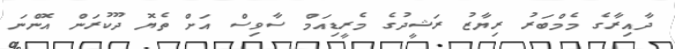
ދާއިރާގެ މެމްބަރު ރިޔާޒު ރަޝީދުގެ މެރީޑިއަމް ސާވިސް އަށް ތެޔޮ ދޫކުރަން އޮންނަ